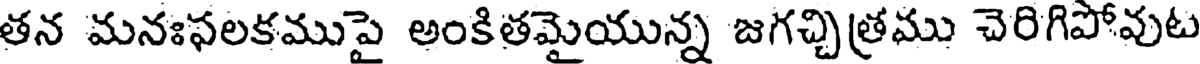
తన మనఃఫలకముపై అంకితమైయున్న జగచ్చిత్రము చెరిగిపోవుట